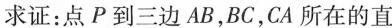
求证：点P到三边AB，BC，CA所在的直